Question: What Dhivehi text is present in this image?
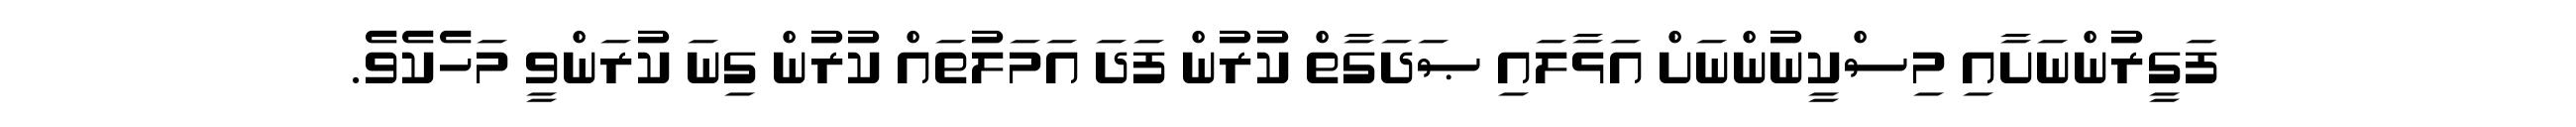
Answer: ފަގީރުންނަށާއި މިސްކީނުންނަށް އަޅާލައި ޞަދަގާތް ކުރުން ފަދަ އަމަލުތައް ކުރުން ގިނަ ކުރަންވީ މަހެކެވެ.